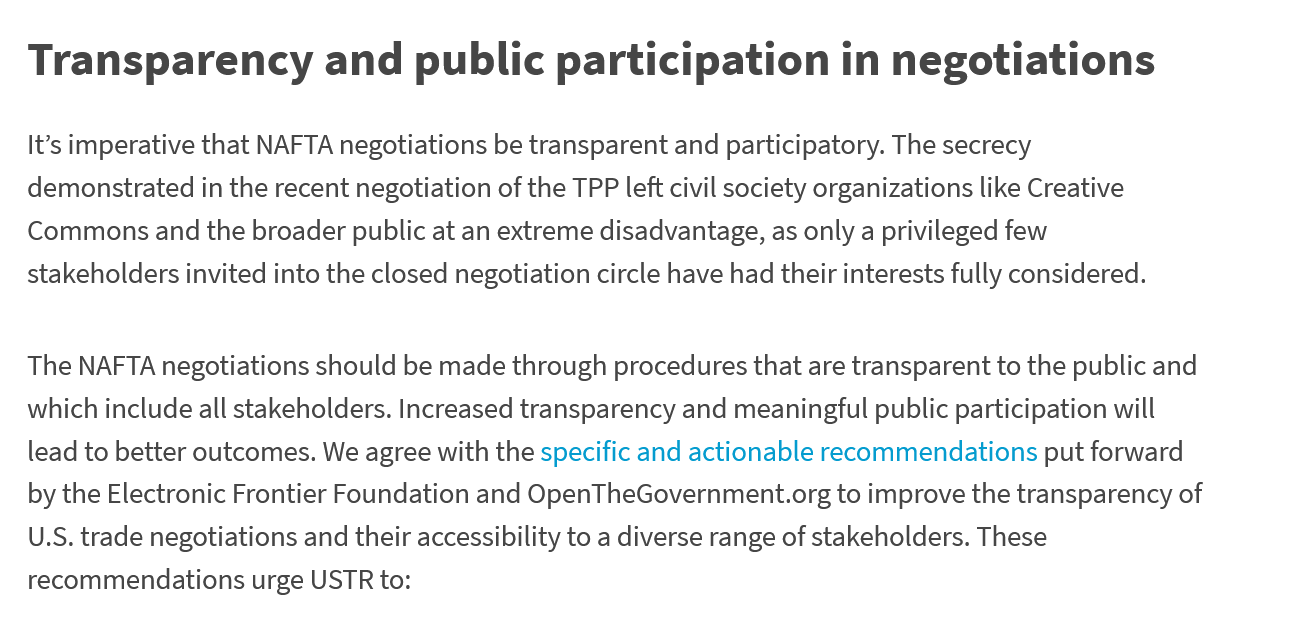
Transparency    and    public    participation    in  negotiations
   It’s imperative that NAFTA negotiations be transparent and participatory. The secrecy
   demonstrated in the recent negotiation of the TPP left civil society organizations like Creative
   Commons and the  broader public at an extreme disadvantage, as only a privileged few
   stakeholders invited into the closed negotiation circle have had their interests fully considered.
   The NAFTA negotiations should be made through procedures that are transparent to the public and
   which include all stakeholders. Increased transparency and meaningful public participation will
   lead to better outcomes. We agree with the specific and actionable recommendations put forward
   by the Electronic Frontier Foundation and OpenTheGovernment.org to improve the transparency of
   U.S. trade negotiations and their accessibility to a diverse range of stakeholders. These
   recommendations  urge USTR to: